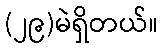
(၂၉)မဲရှိတယ်။